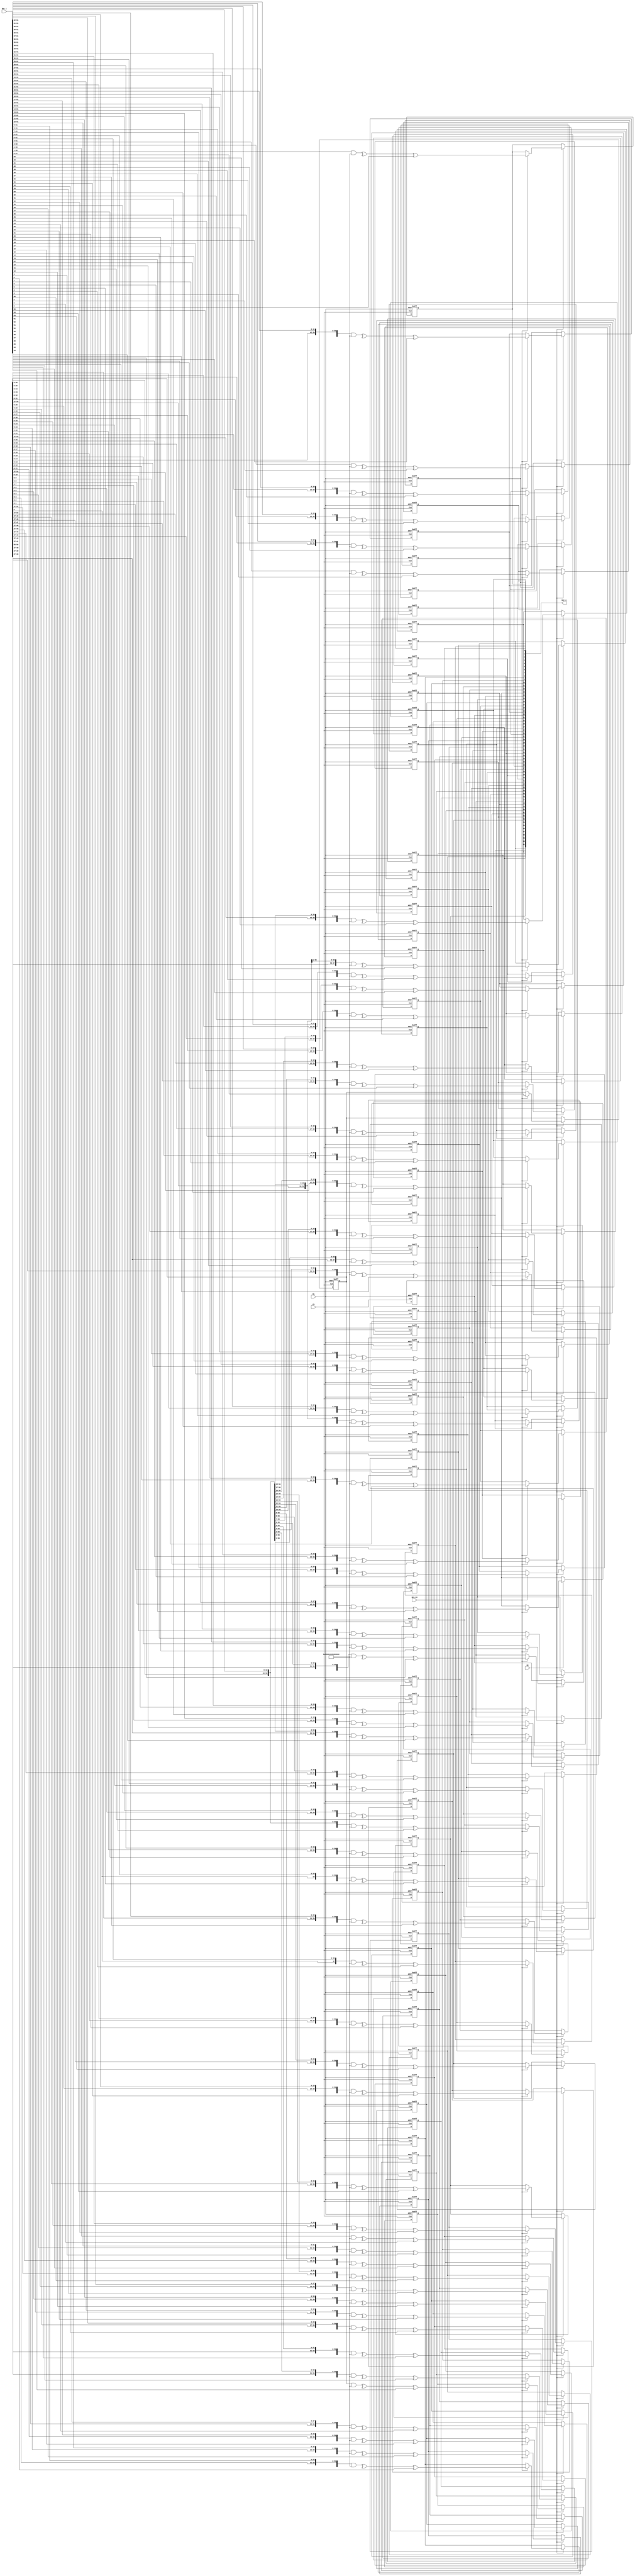
module Descram #(parameter DW = 62, DI = 58'h3ffffffffffffff,PP = 58, POLY  = 59'h400008000000001)
      (
       //ȫź
       input            Rs     ,  //첽λЧ
       input            Ck     ,  //ʱ
       input            CE     ,  //ʱʹܣЧ
       
       input            Des_En ,  //ʹܣЧ
       input  [DW-1:0]  Dat_i  ,  //
       output [DW-1:0]  Dat_o     //
      );
      
      
reg  [PP-1:0] Des_Shift_LS;
wire [PP-1:0] Des_Shift_NS;

always @(posedge(Rs), posedge(Ck))
begin
  if(Rs == 1)
    Des_Shift_LS <= DI;
  else if(CE)
  begin
    if(Des_En)
      Des_Shift_LS <= Des_Shift_NS;
  end  
end

generate
begin
  if(DW >= PP)
    assign Des_Shift_NS = Dat_i[PP-1:0]; 
  else
    assign Des_Shift_NS = {Des_Shift_LS[PP-DW-1:0],Dat_i}; 
end
endgenerate



wire [DW-1+PP-1:0] Temp;
generate
begin
  if(DW <2 )
    assign Temp = Des_Shift_LS[PP-1:0]; 
  else
    assign Temp = {Des_Shift_LS[PP-1:0],Dat_i[DW-1:1]}; 
end
endgenerate


wire [DW-1:0] Dat_T   ;
reg  [DW-1:0] Dat_o_R ;
genvar gv;
generate
begin
  for(gv=0;gv<DW;gv=gv+1)
  begin:GL
    assign Dat_T[DW-1-gv] = (^(Temp[DW-1+PP-1-gv:DW-1-gv]&POLY[PP:1]))^Dat_i[DW-1-gv];

    always @(posedge(Rs), posedge(Ck))
    begin
      if(Rs == 1)
        Dat_o_R[DW-1-gv] <= 0;
      else if(CE)
      begin
        if(Des_En)
          Dat_o_R[DW-1-gv] <= Dat_T[DW-1-gv];
      end
    end
  end
end
endgenerate
assign Dat_o = Dat_o_R;



endmodule